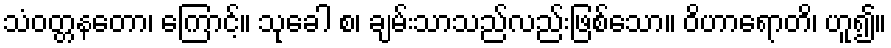
သံဝတ္တနတော၊ ကြောင့်။ သုခေါ စ၊ ချမ်းသာသည်လည်းဖြစ်သော။ ဝိဟာရောတိ၊ ဟူ၍။